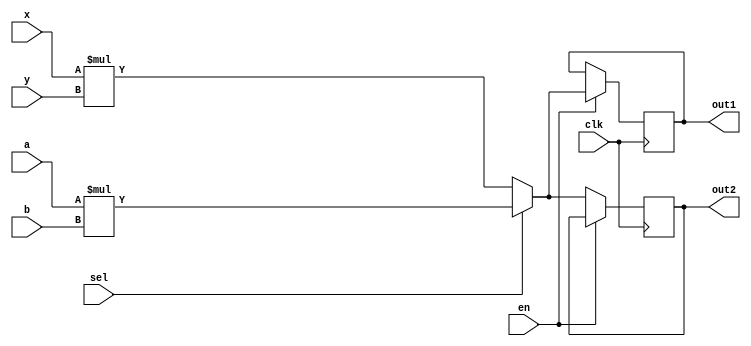
 module add_share1 #(parameter N=8)(
   input [N-1:0] a, b, x, y, 
   input sel, en, clk,
   output reg[N-1:0] out1, out2
 );
   wire [N-1:0] tmp1, tmp2;
   assign tmp1 = a * b;  // tmp1
   assign tmp2 = x * y;  // tmp2
 
   always@(posedge clk)
     if (en) begin
       out1 <= sel ? tmp1: tmp2; //tmp1tmp2
     end else begin
       out2 <= sel ? tmp1: tmp2; //tmp1tmp2
     end
 endmodule
 
  module add_share2 #(parameter N=8)(
   input [N-1:0] a, b, x, y, 
   input sel, en, clk,
   output reg[N-1:0] out1
 );
   wire [N-1:0] tmp1, tmp2;
   assign tmp1 = sel ? a: x; // A
   assign tmp2 = sel ? b: y; // B
 
   always@(posedge clk)
     if (en) begin
       out1 = tmp1 * tmp2;  // 
     end
 endmodule

 module add_share3 #(parameter N=8)(
   input [N-1:0] a, b, x, y, 
   input sel, en, clk,
   output reg[N-1:0] out1
 );
   wire [N-1:0] tmp1, tmp2;
   assign tmp1 = a * b;  // tmp1
   assign tmp2 = x * y;  // tmp2
 
   always@(posedge clk)
     if (en) begin
       out1 <= sel ? tmp1: tmp2;
     end
 endmodule